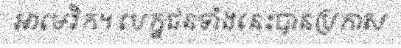
អាមេរិក។ បេក្ខជនទាំងនេះបានប្រកាស